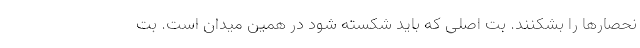
نحصارها را بشکنند. بتِ اصلی که باید شکسته شود در همین میدان است. بتِ